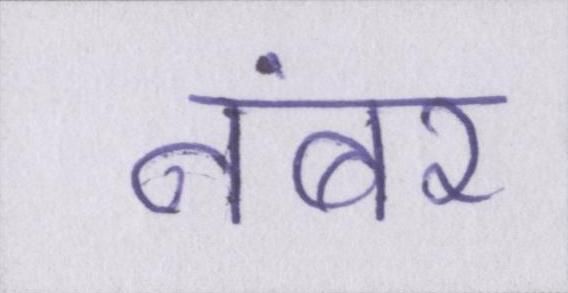
नंबर